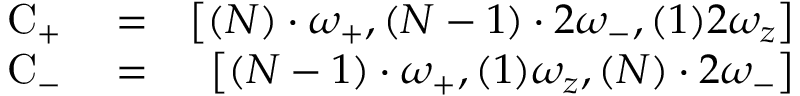
\begin{array} { r l r } { \mathrm { C } _ { + } } & { { } = } & { \left[ ( N ) \cdot \omega _ { + } , ( N - 1 ) \cdot 2 \omega _ { - } , ( 1 ) 2 \omega _ { z } \right] } \\ { \mathrm { C } _ { - } } & { { } = } & { \left[ ( N - 1 ) \cdot \omega _ { + } , ( 1 ) \omega _ { z } , ( N ) \cdot 2 \omega _ { - } \right] } \end{array}